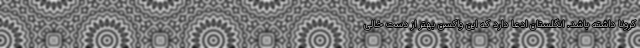
کرونا داشته باشد. انگلستان ادعا دارد که این واکسن بهتر از دست خالی